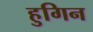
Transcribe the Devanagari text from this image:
हुगिन